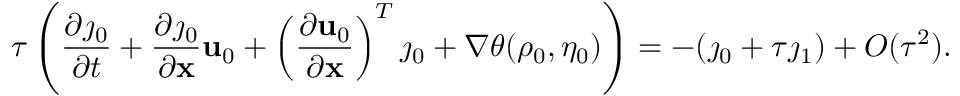
\tau \left( \frac { \partial \j _ { 0 } } { \partial t } + \frac { \partial \j _ { 0 } } { \partial \mathbf { x } } \mathbf { u } _ { 0 } + \left( \frac { \partial \mathbf { u } _ { 0 } } { \partial \mathbf { x } } \right) ^ { T } \j _ { 0 } + \nabla \theta ( \rho _ { 0 } , \eta _ { 0 } ) \right) = - ( \j _ { 0 } + \tau \j _ { 1 } ) + O ( \tau ^ { 2 } ) .